Scottish Leaving Certificate Examination, 1953
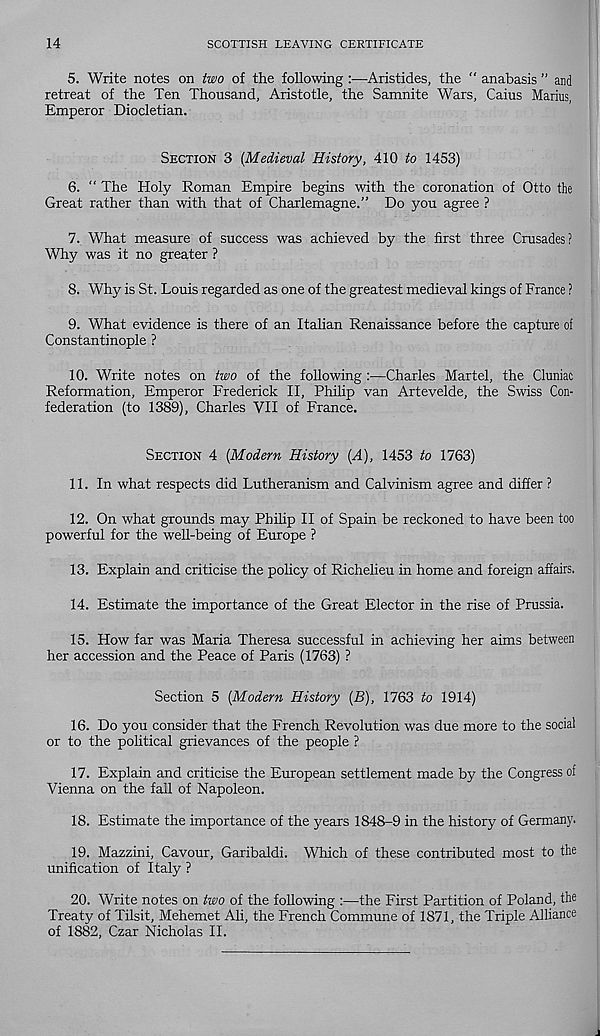
14
SCOTTISH LEAVING CERTIFICATE
5.
Write notes on two of the following :—Aristides, t
retreat of the Ten Thousand, Aristotle, the Saranite Wars, Cains Marius,
Emperor Diocletian.
SECTION 3 {Medieval History, 410 to 1453)
6. “ The Holy Roman Empire begins with the coronation of Otto the
Great rather than with that of Charlemagne.” Do you agree ?
7. What measure of success was achieved by the first three Crusades?
Why was it no greater ?
8. Why is St. Louis regarded as one of the greatest medieval kings of France ?
9. What evidence is there of an Italian Renaissance before the capture of
Constantinople ?
10. Write notes on two of the following :—Charles Martel, the Cluniac
Reformation, Emperor Frederick II, Philip van Artevelde, the Swiss Con-
federation (to 1389), Charles VII of France.
SECTION 4 [Modern History [A), 1453 to 1763)
11. In what respects did Lutheranism and Calvinism agree and differ ?
12. On what grounds may Philip II of Spain be reckoned to have been too
powerful for the well-being of Europe ?
13. Explain and criticise the policy of Richelieu in home and foreign afiairs.
14. Estimate the importance of the Great Elector in the rise of Prussia.
15. How far was Maria Theresa successful in achieving her aims between
her accession and the Peace of Paris (1763) ?
Section 5 [Modern History (B), 1763 to 1914)
16. Do you consider that the French Revolution was due more to the social
or to the political grievances of the people ?
17. Explain and criticise the European settlement made by the Congress of
Vienna on the fail of Napoleon.
18. Estimate the importance of the years 1848-9 in the history of Germany.
19. Mazzini, Cavour, Garibaldi. Which of these contributed most to the
unification of Italy ?
20. Write notes on two of the following :—the First Partition of Poland, the
Treaty of Tilsit, Mehemet Ali, the French Commune of 1871, the Triple Alliance
of 1882, Czar Nicholas II.